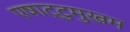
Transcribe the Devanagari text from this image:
एषाट्टुमुखम